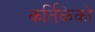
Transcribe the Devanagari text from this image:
कर्तिकेको